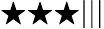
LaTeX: \bigstar\bigstar\bigstar|||